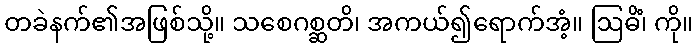
တခဲနက်၏အဖြစ်သို့။ သစေဂစ္ဆတိ၊ အကယ်၍ရောက်အံ့။ ဩဓိံ၊ ကို။